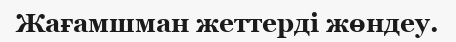
Жағамшман жеттерді жөндеу.